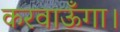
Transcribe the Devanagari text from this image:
करवाऊँगा।